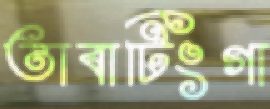
তাবাটিংগা